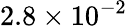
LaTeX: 2.8\times 10^{-2}